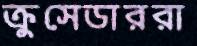
ক্রুসেডাররা